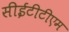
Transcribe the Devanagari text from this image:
सीईटीटीएम